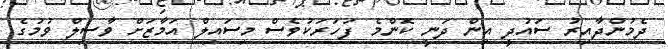
ދެމުންދާއިރު ސައުދީ އިން ދަނީ ކޮންމެ ފަހަރަކުވެސް މިސައިލް އަމާޒަށް ވާސިލް ވުމުގެ